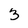
Character: 3